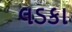
લડકા